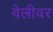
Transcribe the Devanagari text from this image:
वेलीवर